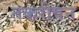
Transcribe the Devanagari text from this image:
तकरीवन